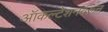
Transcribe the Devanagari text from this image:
ऑकल्टेशनवरून